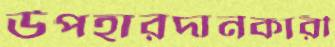
উপহারদানকারী